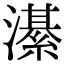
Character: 濝